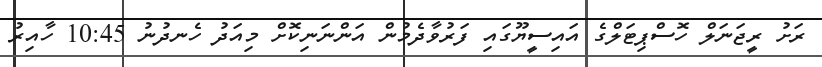
ރަށު ރީޖަނަލް ހޮސްޕިޓަލްގެ އައިސީޔޫގައި ފަރުވާދެމުން އަންނަނިކޮށް މިއަދު ހެނދުނު 10:45 ހާއިރު